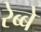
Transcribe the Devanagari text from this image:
रेब्बे